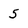
Character: 5